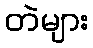
တဲများ